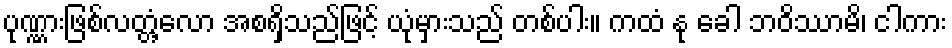
ပုဏ္ဏားဖြစ်လတ္တံ့လော အစရှိသည်ဖြင့် ယုံမှားသည် တစ်ပါး။ ကထံ နု ခေါ ဘဝိဿာမိ၊ ငါကား